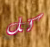
كل